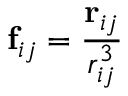
\mathbf { f } _ { i j } = \frac { \mathbf { r } _ { i j } } { r _ { i j } ^ { 3 } }